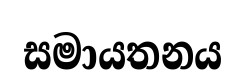
සමායතනය